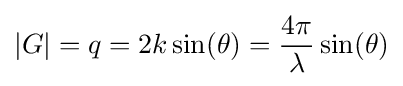
|G|=q=2k\sin(\theta )={\frac {4\pi }{\lambda }}\sin(\theta )